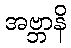
အဗ္ဘာနိ